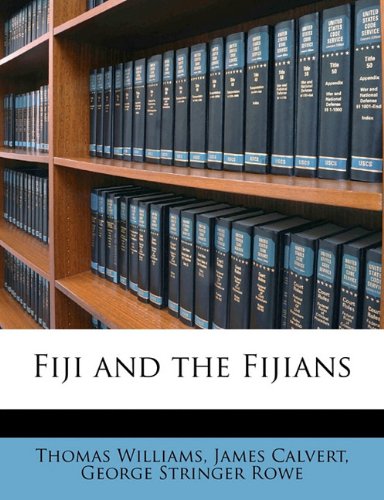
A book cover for Fiji and the Fijians; Thomas Williams; History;